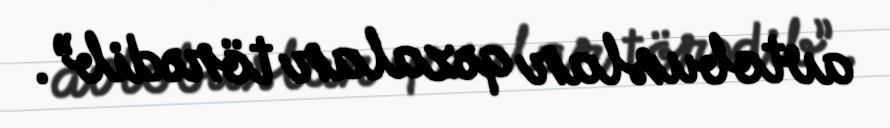
avtobuslar qəzalar törədib”.